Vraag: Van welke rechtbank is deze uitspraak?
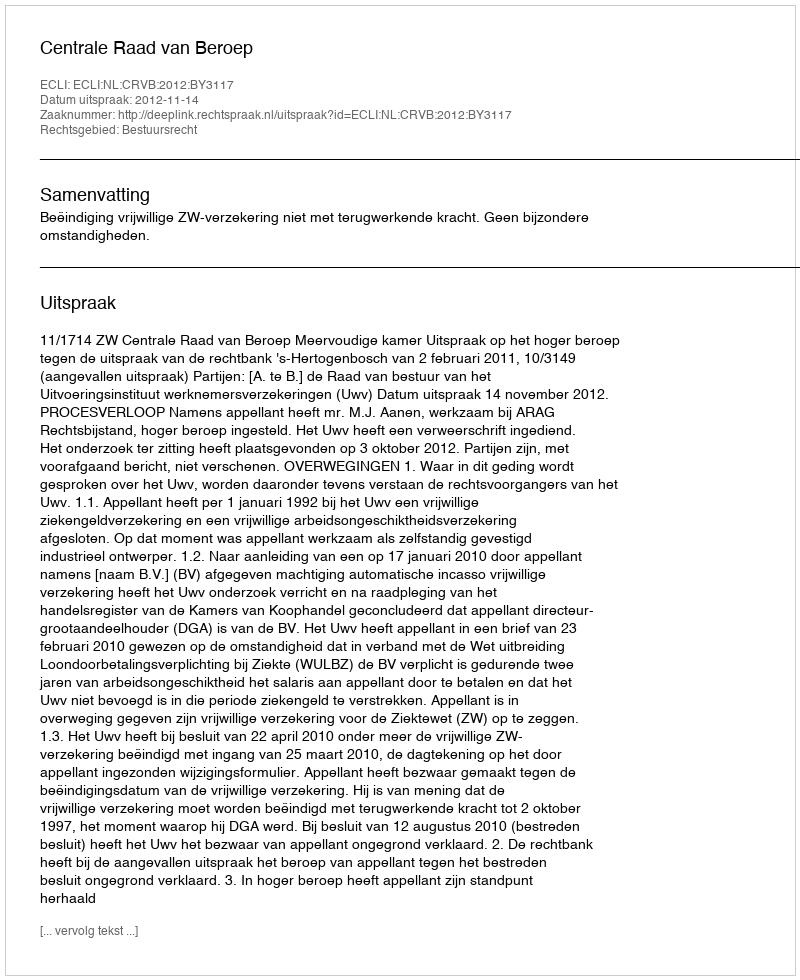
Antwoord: Centrale Raad van Beroep